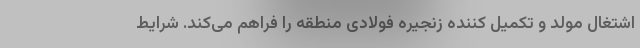
اشتغال مولد و تکمیل کننده زنجیره فولادی منطقه را فراهم می‌کند. شرایط